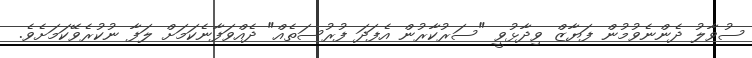
ސުވާލު ދެންނެވުމުން ފަޔާޒް ވިދާޅުވީ "ސަރުކާރުން އެފަދަ ފުރުސަތެއް" ދެއްވަފާނެކަމަށް ލަފާ ނުކުރެވޭކަމަށެވެ.